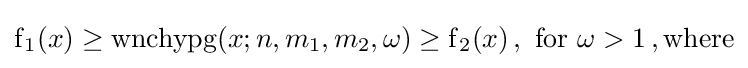
\operatorname {f} _{1}(x)\geq \operatorname {wnchypg} (x;n,m_{1},m_{2},\omega )\geq \operatorname {f} _{2}(x)\,,\,\,{\text{for}}\,\,\omega >1\,,{\text{where}}